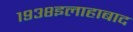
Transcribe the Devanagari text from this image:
१९३८इलाहाबाद